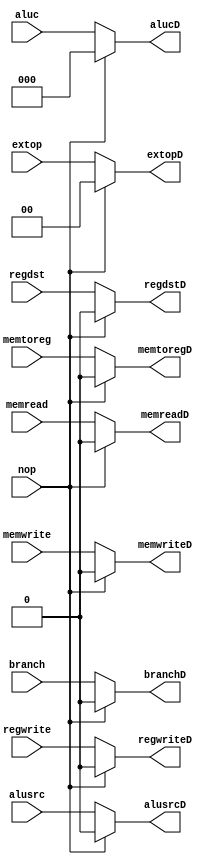
`timescale 1ns / 1ps
//////////////////////////////////////////////////////////////////////////////////
// Company: 
// Engineer: 
// 
// Design Name: 
// Module Name: stall_solve
// Project Name: 
// Target Devices: 
// Tool Versions: 
// Description: 
// 
// Dependencies: 
// 
// Revision:
// Revision 0.01 - File Created
// Additional Comments:
// 
//////////////////////////////////////////////////////////////////////////////////

//E
module stall_solve(
    input nop,
    input regwrite,
    input[2:0] aluc,
    input alusrc,
    input regdst,
    input memtoreg,
    input memwrite,
    input[1:0] extop,
    input branch,
    input memread,
    output regwriteD,
    output[2:0] alucD,
    output alusrcD,
    output regdstD,
    output memtoregD,
    output memwriteD,
    output[1:0] extopD,
    output branchD,
    output memreadD

    );
    assign regwriteD = nop ? 0 : regwrite;
    assign alucD = nop ? 0 : aluc;
    assign alusrcD = nop ? 0 : alusrc;
    assign regdstD = nop ? 0 : regdst;
    assign memtoregD = nop ? 0 : memtoreg;
    assign memwriteD = nop ? 0 : memwrite;
    assign extopD = nop ? 0 : extop;
    assign branchD = nop ? 0 : branch;
    assign memreadD = nop ? 0 : memread;
    
endmodule